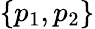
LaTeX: \{ p_{1},p_{2}\}